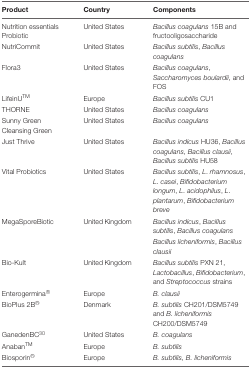
<table><thead><tr><td><b>Product</b></td><td><b>Country</b></td><td><b>Components</b></td></tr></thead><tbody><tr><td>Nutrition essentials Probiotic</td><td>United States</td><td><i>Bacillus coagulans</i> 15B and fructooligosaccharide</td></tr><tr><td>NutriCommit</td><td>United States</td><td><i>Bacillus subtilis, Bacillus coagulans</i></td></tr><tr><td>Flora3</td><td>United States</td><td><i>Bacillus coagulans, Saccharomyces boulardii</i>, and FOS</td></tr><tr><td>LifeinU<sup>TM</sup></td><td>Europe</td><td><i>Bacillus subtilis</i> CU1</td></tr><tr><td>THORNE</td><td>United States</td><td><i>Bacillus coagulans</i></td></tr><tr><td>Sunny Green Cleansing Green</td><td>United States</td><td><i>Bacillus coagulans</i></td></tr><tr><td>Just Thrive</td><td>United States</td><td><i>Bacillus indicus</i> HU36, <i>Bacillus coagulans, Bacillus clausii, Bacillus subtilis</i> HU58</td></tr><tr><td>Vital Probiotics</td><td>United States</td><td><i>Bacillus subtilis, L</i>. <i>rhamnosus, L</i>. <i>casei, Bifidobacterium longum, L</i>. <i>acidophilus, L</i>. <i>plantarum, Bifidobacterium breve</i></td></tr><tr><td>MegaSporeBiotic</td><td>United Kingdom</td><td><i>Bacillus indicus, Bacillus subtilis, Bacillus coagulans</i></td></tr><tr><td></td><td></td><td><i>Bacillus licheniformis, Bacillus clausii</i></td></tr><tr><td>Bio-Kult</td><td>United Kingdom</td><td><i>Bacillus subtilis</i> PXN 21, <i>Lactobacillus, Bifidobacterium</i>, and <i>Streptococcus</i> strains</td></tr><tr><td>Enterogermina<sup>®</sup></td><td>Europe</td><td><i>B. clausii</i></td></tr><tr><td>BioPlus 2B<sup>®</sup></td><td>Denmark</td><td><i>B. subtilis</i> CH201/DSM5749 and <i>B. licheniformis</i> CH200/DSM5749</td></tr><tr><td>GanedenBC<sup>30</sup></td><td>United States</td><td><i>B. coagulans</i></td></tr><tr><td>Anaban<sup>TM</sup></td><td>Europe</td><td><i>B. subtilis</i></td></tr><tr><td>Biosporin<sup>®</sup></td><td>Europe</td><td><i>B. subtilis, B. licheniformis</i></td></tr></tbody></table>